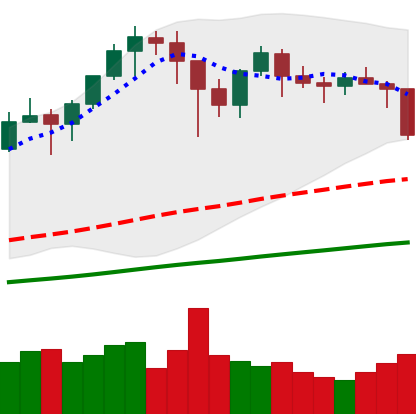
Ticker: BTC-USD
Chart end date: 2021-01-21
Forward return: 5.658%
Label: up_5_7